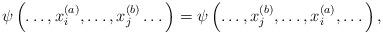
LaTeX: \begin{align*}\psi\left(\dots , x_i^{(a)},\dots , x_j^{(b)}\dots \right)=\psi\left(\dots , x_j^{(b)},\dots , x_i^{(a)},\dots \right),\end{align*}